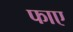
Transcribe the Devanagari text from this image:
फाए